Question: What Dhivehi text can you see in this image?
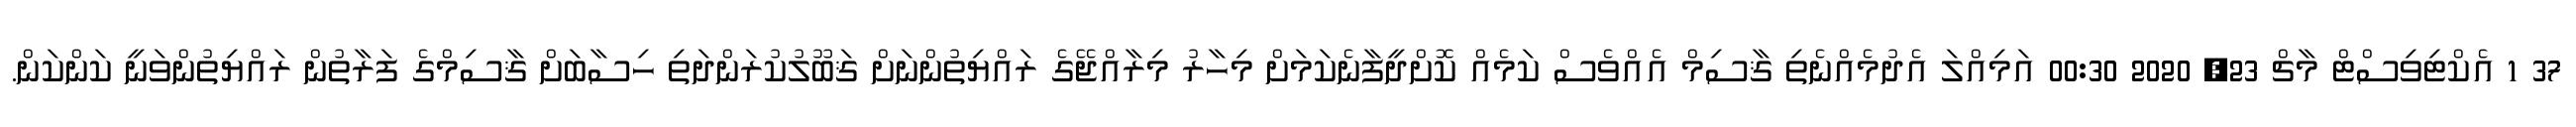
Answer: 37 1 އެކްޓިވިސްޓް މާޗް 23, 2020 00:30 އަމިއްލަ އެދުމެއްނެތި ޤާސިމް އެއްވެސް ކަމެއް ކޮށްދީފާނެކަމަށް މިހާރު މިރާއްޖޭގެ ރައްޔިތުންނަށް ޤަބޫލުކުރަންދަތި ހިސާބަށް ޤާސިމްގެ ފަރާތުން ރައްޔިތުންވަނީ ކަންކަން.